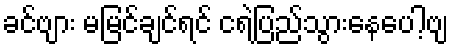
ခင်ဗျား မမြင်ချင်ရင် ငရဲပြည်သွားနေပေါ့ဗျ